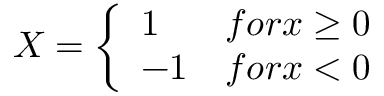
X = \left\{ \begin{array} { l l } { 1 } & { f o r x \ge 0 } \\ { - 1 } & { f o r x < 0 } \end{array} \right.